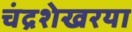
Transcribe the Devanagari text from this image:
चंद्रशेखरया